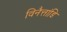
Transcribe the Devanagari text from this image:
विनैत्तांडि